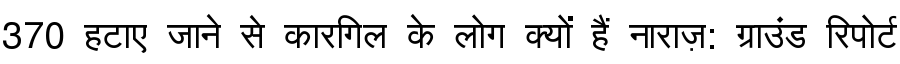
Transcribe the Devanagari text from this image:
370 हटाए जाने से कारगिल के लोग क्यों हैं नाराज़: ग्राउंड रिपोर्ट